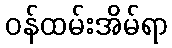
ဝန်ထမ်းအိမ်ရာ